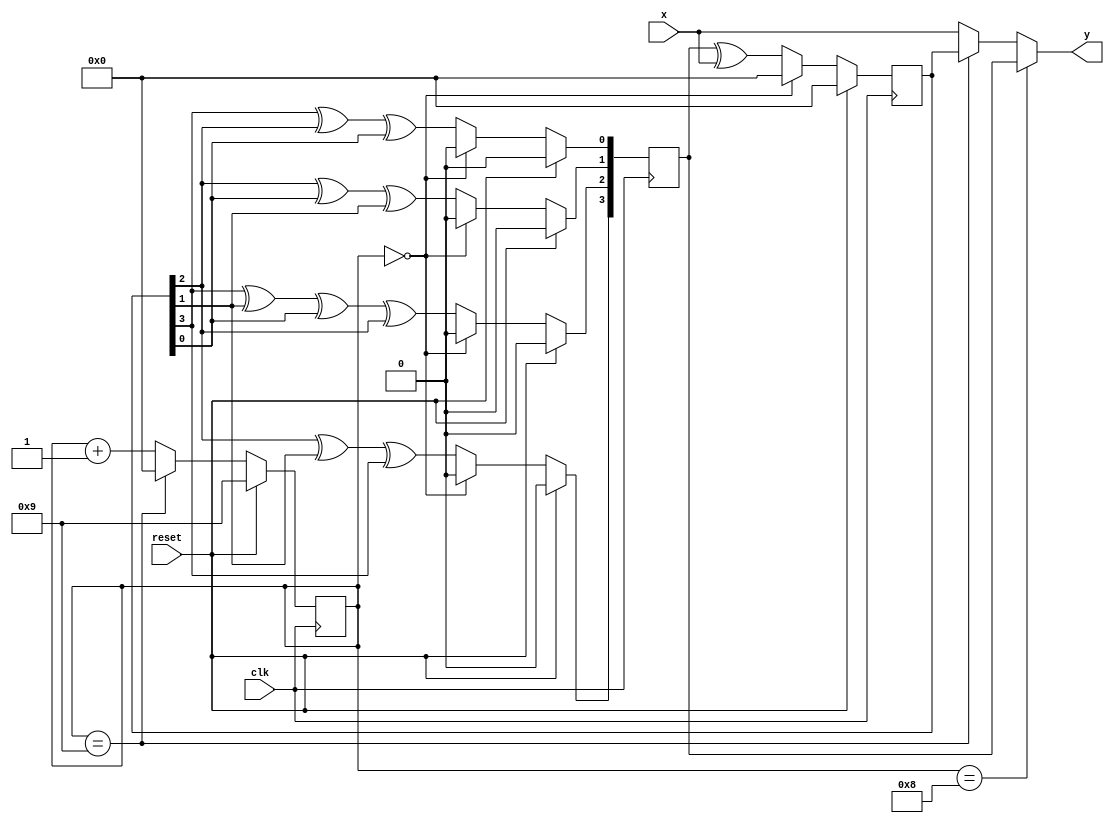
`timescale 1ns / 1ps
//////////////////////////////////////////////////////////////////////////////////
// Company: 
// Engineer: 
// 
// Design Name: 
// Module Name:    rs_enc 
// Project Name: 
// Target Devices: 
// Tool versions: 
// Description: 
//
// Dependencies: 
//
// Revision: 
// Revision 0.01 - File Created
// Additional Comments: 
//
//////////////////////////////////////////////////////////////////////////////////
module rs_enc(clk, reset, x, y);
input clk;
input reset;
input [3:0] x;
output [3:0] y;

reg [3:0] cnt;
reg [3:0] D1, x_in;

always @(posedge clk) begin
	 if(reset) begin
	    cnt <= 4'b1001;
		 D1 <= 0;
		 x_in <= 0;
	 end
	 else begin
	 		if(cnt == 4'b1001) //910
	 			cnt <= 0;
	 		else
	 		   cnt <= cnt + 1;	
			if(cnt == 4'b0000) begin
				D1 <= 0;
				x_in <= 0;
			end
			else begin
            D1[3] <= x_in[2] ^ x_in[1] ^ x_in[3];	
            D1[2] <= x_in[3] ^ x_in[1] ^ x_in[0] ^ x_in[2];
				D1[1] <= x_in[2] ^ x_in[0] ^ x_in[1];	
            D1[0] <= x_in[3] ^ x_in[2] ^ x_in[0];	
				x_in <= D1 ^ x;
			end				
	end
end	

assign y = (cnt == 4'b1000) ? D1 : (cnt == 4'b1001) ? x_in : x;


endmodule